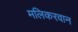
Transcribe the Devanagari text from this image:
मलिकरवान